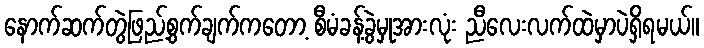
နောက်ဆက်တွဲဖြည့်စွက်ချက်ကတော့ စီမံခန့်ခွဲမှုအားလုံး ညီလေးလက်ထဲမှာပဲရှိရမယ်။